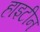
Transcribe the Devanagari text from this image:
हाइटीन